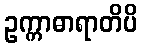
ဥက္ကာဓာရာတိပိ